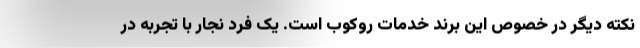
نکته دیگر در خصوص این برند خدمات روکوب است. یک فرد نجار با تجربه در